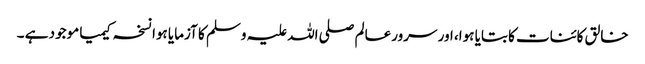
خالق کائنات کا بتایا ہوا، اور سرورعالم صلی اللہ علیہ وسلم کا آزمایا ہوا نسخہ کیمیا موجود ہے ۔